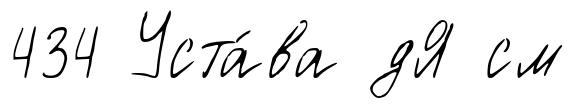
434 Уста́ва дЯ см